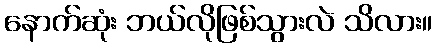
နောက်ဆုံး ဘယ်လိုဖြစ်သွားလဲ သိလား။